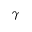
\gamma